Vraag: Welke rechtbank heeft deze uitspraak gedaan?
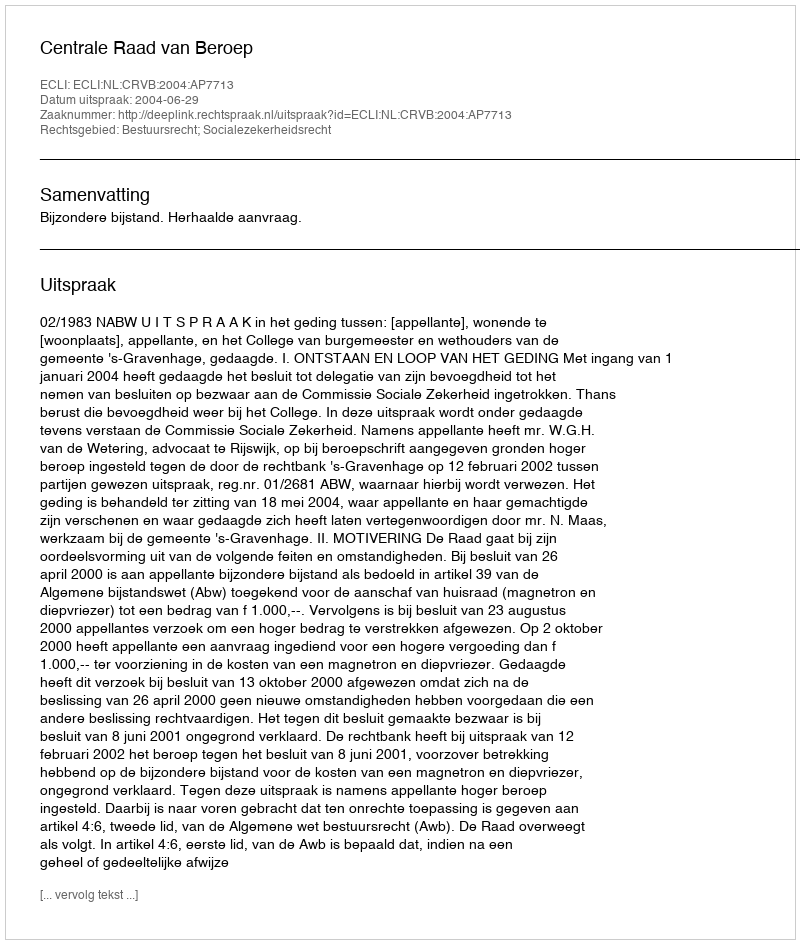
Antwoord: Centrale Raad van Beroep